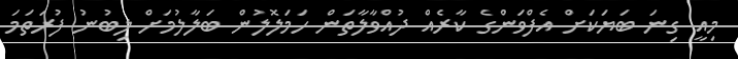
މިއީ ގިނަ ބަޔަކަށް އެފްވަންގެ ކާރެއް ދުއްވާލާތަން ހަމަލޮލުން ބަލާލުމަށް ލިބުނު ފުރަތަމަ